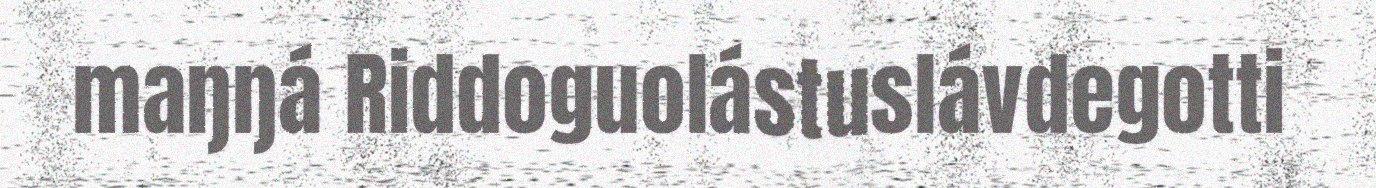
maŋŋá Riddoguolástuslávdegotti